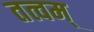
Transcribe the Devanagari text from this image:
तत्वम्